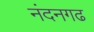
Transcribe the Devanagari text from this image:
नंदनगढ